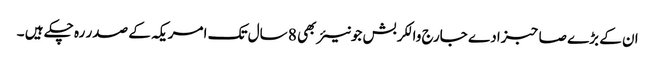
ان کے بڑے صاحبزادے جارج والکر بش جونیئر بھی 8 سال تک امریکہ کے صدر رہ چکے ہیں ۔